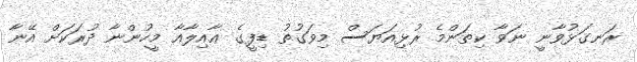
ރަނގަޅުވާނީ ނަވާ ކިތަންމެ ރުޅިއަޔަސް މިވަގުތު ޑިފީގެ ޢާއިލާއާ މީހުންނާ ދުރަކަށް އޭނާ